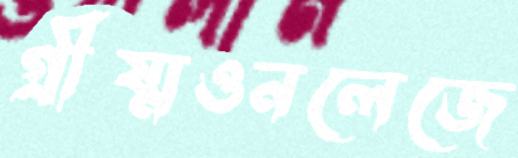
গ্রীষ্মওনলেজে